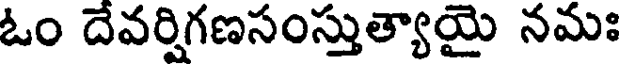
ఓం దేవర్షిగణసంస్తుత్యాయై నమః